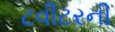
ટવીટરની